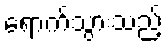
ရောက်သွားသည့်